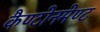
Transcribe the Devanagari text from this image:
कैण्टोनमेण्ट